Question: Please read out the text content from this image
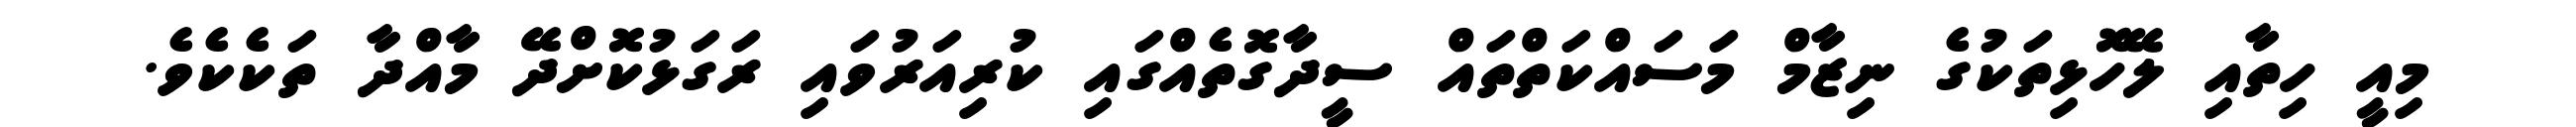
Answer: މިއީ ހިތާއި ލޭހޮޅިތަކުގެ ނިޒާމް މަސައްކަތްތައް ސީދާގޮތެއްގައި ކުރިއަރުވައި ރަގަޅުކޮށްދޭ މާއްދާ ތަކެކެވެ.